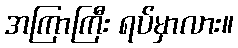
အကြာကြီး ရပ်မှာလား။